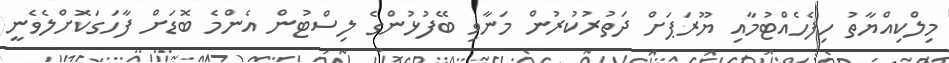
މިލްކިއްޔާތު ހިފެހެއްޓުމާއި ޔޫރަޕަށް ދަތުރުކުރުން މަނާވި ބޭފުޅުންގެ ލިސްޓުން އެންމެ ބޮޑަށް ފާހަގަކޮށްލެވެނީ